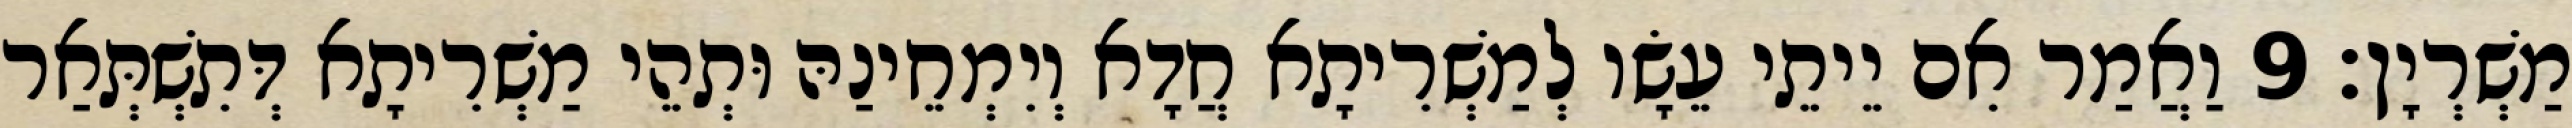
מַשְׁרְיָן׃ 9 וַאֲמַר אִם יֵיתֵי עֵשָׂו לְמַשְׁרִיתָא חֲדָא וְיִמְחֵינַהּ וּתְהֵי מַשְׁרִיתָא דְּתִשְׁתְּאַר